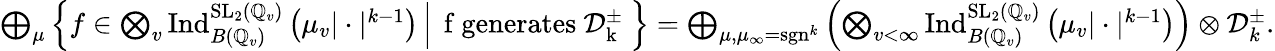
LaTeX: \begin{array}{r}{\bigoplus_{\mu}\left\{ f\in\bigotimes_{v}\operatorname{Ind}_{B(\mathbb{Q}_{v})}^{\mathrm{SL}_{2}(\mathbb{Q}_{v})}\left(\mu_{v}|\cdot|^{k-1}\right)\, \middle|\, \mathrm{~f~generates~\mathcal{D}_k^\pm~}\right\} =\bigoplus_{\mu,\mu_{\infty}=\operatorname{sgn}^{k}}\left(\bigotimes_{v<\infty}\operatorname{Ind}_{B(\mathbb{Q}_{v})}^{\mathrm{SL}_{2}(\mathbb{Q}_{v})}\left(\mu_{v}|\cdot|^{k-1}\right)\right)\otimes\mathcal{D}_{k}^{\pm}.}\end{array}